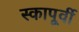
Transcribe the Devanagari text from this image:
स्कापूर्वी